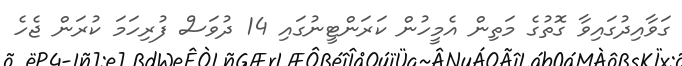
ގަވާއިދުގައިވާ ގޮތުގެ މަތިން އެމީހުން ކަރަންޓީނުގައި 14 ދުވަސް ފުރިހަމަ ކުރަން ޖެހެ